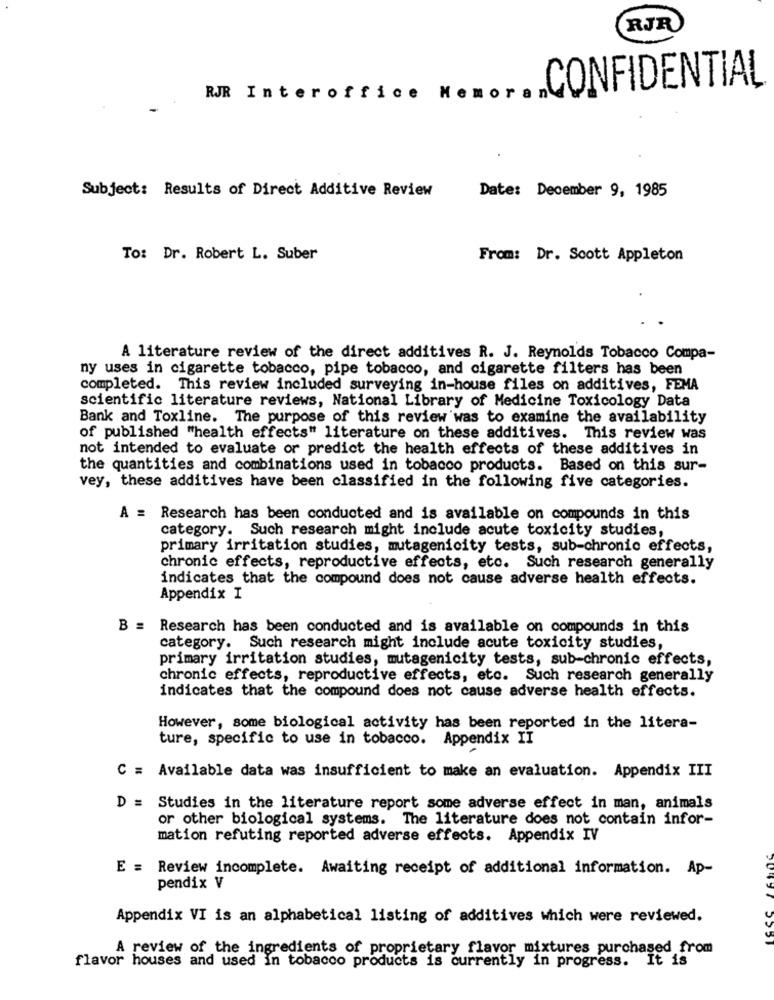
RJR
CONFIDENTIAL
RJR Interoffice Memora
Subject: Results of Direct Additive Review
Date: December 9, 1985
To: Dr. Robert L. Suber
From: Dr. Scott Appleton
A literature review of the direct additives R. J. Reynolds Tobacco Compa-
ny uses in cigarette tobacco, pipe tobacco, and cigarette filters has been
completed. This review included surveying in-house files on additives, FEMA
scientific literature reviews, National Library of Medicine Toxicology Data
Bank and Toxline. The purpose of this review was to examine the availability
of published "health effects" literature on these additives. This review was
not intended to evaluate or predict the health effects of these additives in
the quantities and combinations used in tobacco products. Based on this sur-
vey, these additives have been classified in the following five categories.
A = Research has been conducted and is available on compounds in this
category. Such research might include acute toxicity studies,
primary irritation studies, mutagenicity tests, sub-chronic effects,
chronic effects, reproductive effects, etc. Such research generally
indicates that the compound does not cause adverse health effects.
Appendix I
B = Research has been conducted and is available on compounds in this
category. Such research might include acute toxicity studies,
primary irritation studies, mutagenicity tests, sub-chronic effects,
chronic effects, reproductive effects, etc. Such research generally
indicates that the compound does not cause adverse health effects.
However, some biological activity has been reported in the litera-
ture, specific to use in tobacco. Appendix II
C = Available data was insufficient to make an evaluation. Appendix III
D = Studies in the literature report some adverse effect in man, animals
or other biological systems. The literature does not contain infor-
mation refuting reported adverse effects. Appendix IV
E = Review incomplete. Awaiting receipt of additional information. Ap-
pendix V
Appendix VI is an alphabetical listing of additives which were reviewed.
A review of the ingredients of proprietary flavor mixtures purchased from
flavor houses and used in tobacco products is currently in progress. It is